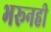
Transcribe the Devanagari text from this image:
भरूनही